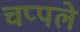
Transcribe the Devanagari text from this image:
चप्पले